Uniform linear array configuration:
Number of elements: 4
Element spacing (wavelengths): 0.25
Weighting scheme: exponential
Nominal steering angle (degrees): -30
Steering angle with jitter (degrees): -28.975
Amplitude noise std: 0.05
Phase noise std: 0.05

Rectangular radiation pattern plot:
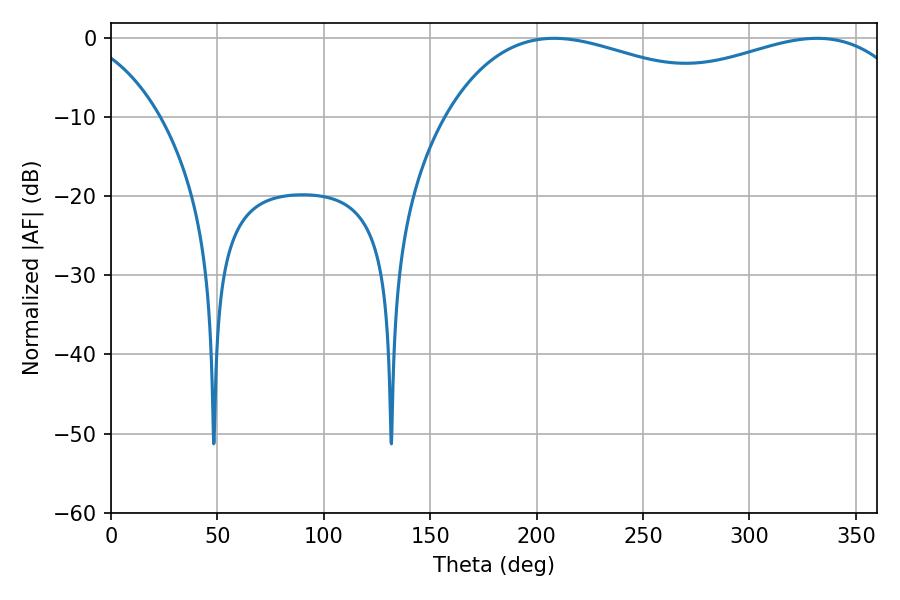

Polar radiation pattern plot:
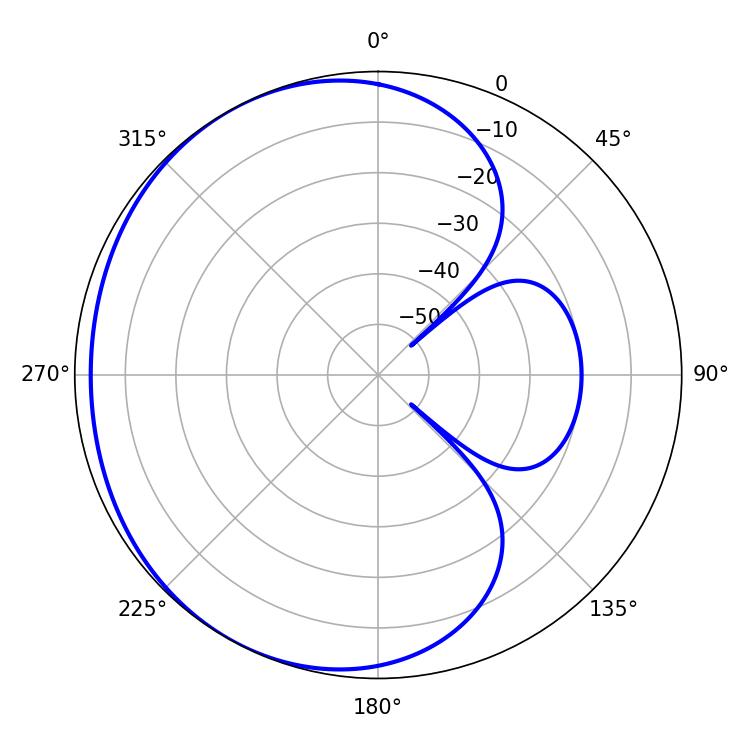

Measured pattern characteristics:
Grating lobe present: FALSE
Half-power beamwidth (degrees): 83.52
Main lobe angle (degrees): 208.26